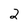
Character: 2